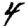
Digit: 4